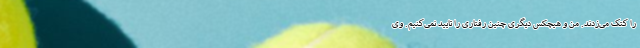
را کتک می‌زدند. من و هیچکس دیگری چنین رفتاری را تایید نمی‌کنیم. وی